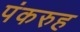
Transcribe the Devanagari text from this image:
पंकरुह